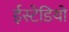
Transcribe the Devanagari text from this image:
ईस्टेडियो